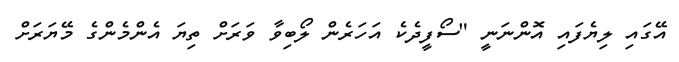
އޭގައި ލިޔެފައި އޮންނަނީ "ސޯފީދެކެ އަހަރެން ލޯބިވާ ވަރަށް ތިޔަ އެންމެންގެ މޭޔަރަށް